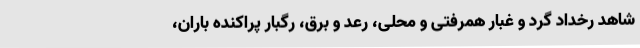
شاهد رخداد گرد و غبار همرفتی و محلی، رعد و برق، رگبار پراکنده باران،